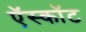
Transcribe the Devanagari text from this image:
ऍस्कॉट